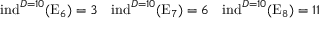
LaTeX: \mathrm { i n d } ^ { D = 1 0 } ( \mathrm { E } _ { 6 } ) = 3 \quad \mathrm { i n d } ^ { D = 1 0 } ( \mathrm { E } _ { 7 } ) = 6 \quad \mathrm { i n d } ^ { D = 1 0 } ( \mathrm { E } _ { 8 } ) = 1 1